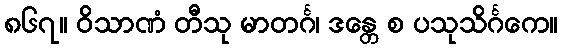
၈၆၇။ ဝိသာဏံ တီသု မာတင်္ဂ၊ ဒန္တေ စ ပသုသိင်္ဂကေ။